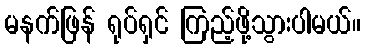
မနက်ဖြန် ရုပ်ရှင် ကြည့်ဖို့သွားပါမယ်။